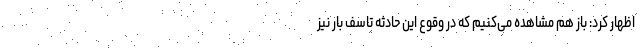
اظهار کرد: باز هم مشاهده می‌کنیم که در وقوع این حادثه تاسف بار نیز